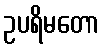
ဥပရိမတော